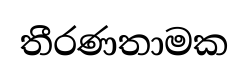
තීරණතාමක